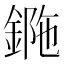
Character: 𨧯